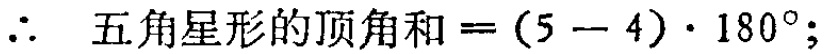
\(\therefore\) 五角星形的顶角和\(=(5 - 4)\cdot180^{\circ};\)